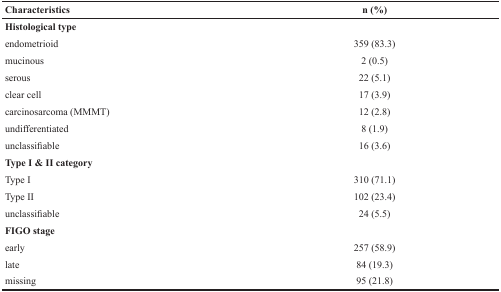
<table><thead><tr><td><b>Characteristics</b></td><td><b>n (%)</b></td></tr></thead><tbody><tr><td><b>Histological type</b></td><td></td></tr><tr><td>endometrioid</td><td>359 (83.3)</td></tr><tr><td>mucinous</td><td>2 (0.5)</td></tr><tr><td>serous</td><td>22 (5.1)</td></tr><tr><td>clear cell</td><td>17 (3.9)</td></tr><tr><td>carcinosarcoma (MMMT)</td><td>12 (2.8)</td></tr><tr><td>undifferentiated</td><td>8 (1.9)</td></tr><tr><td>unclassifiable</td><td>16 (3.6)</td></tr><tr><td><b>Type I &amp; II category</b></td><td></td></tr><tr><td>Type I</td><td>310 (71.1)</td></tr><tr><td>Type II</td><td>102 (23.4)</td></tr><tr><td>unclassifiable</td><td>24 (5.5)</td></tr><tr><td><b>FIGO stage</b></td><td></td></tr><tr><td>early</td><td>257 (58.9)</td></tr><tr><td>late</td><td>84 (19.3)</td></tr><tr><td>missing</td><td>95 (21.8)</td></tr></tbody></table>